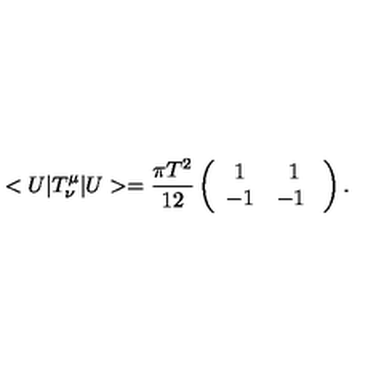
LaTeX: < U | T _ { \nu } ^ { \mu } | U > = \frac { \pi T ^ { 2 } } { 1 2 } \left( \begin{array} { c c } { 1 } & { 1 } \\ { - 1 } & { - 1 \ } \\ \end{array} \right) .